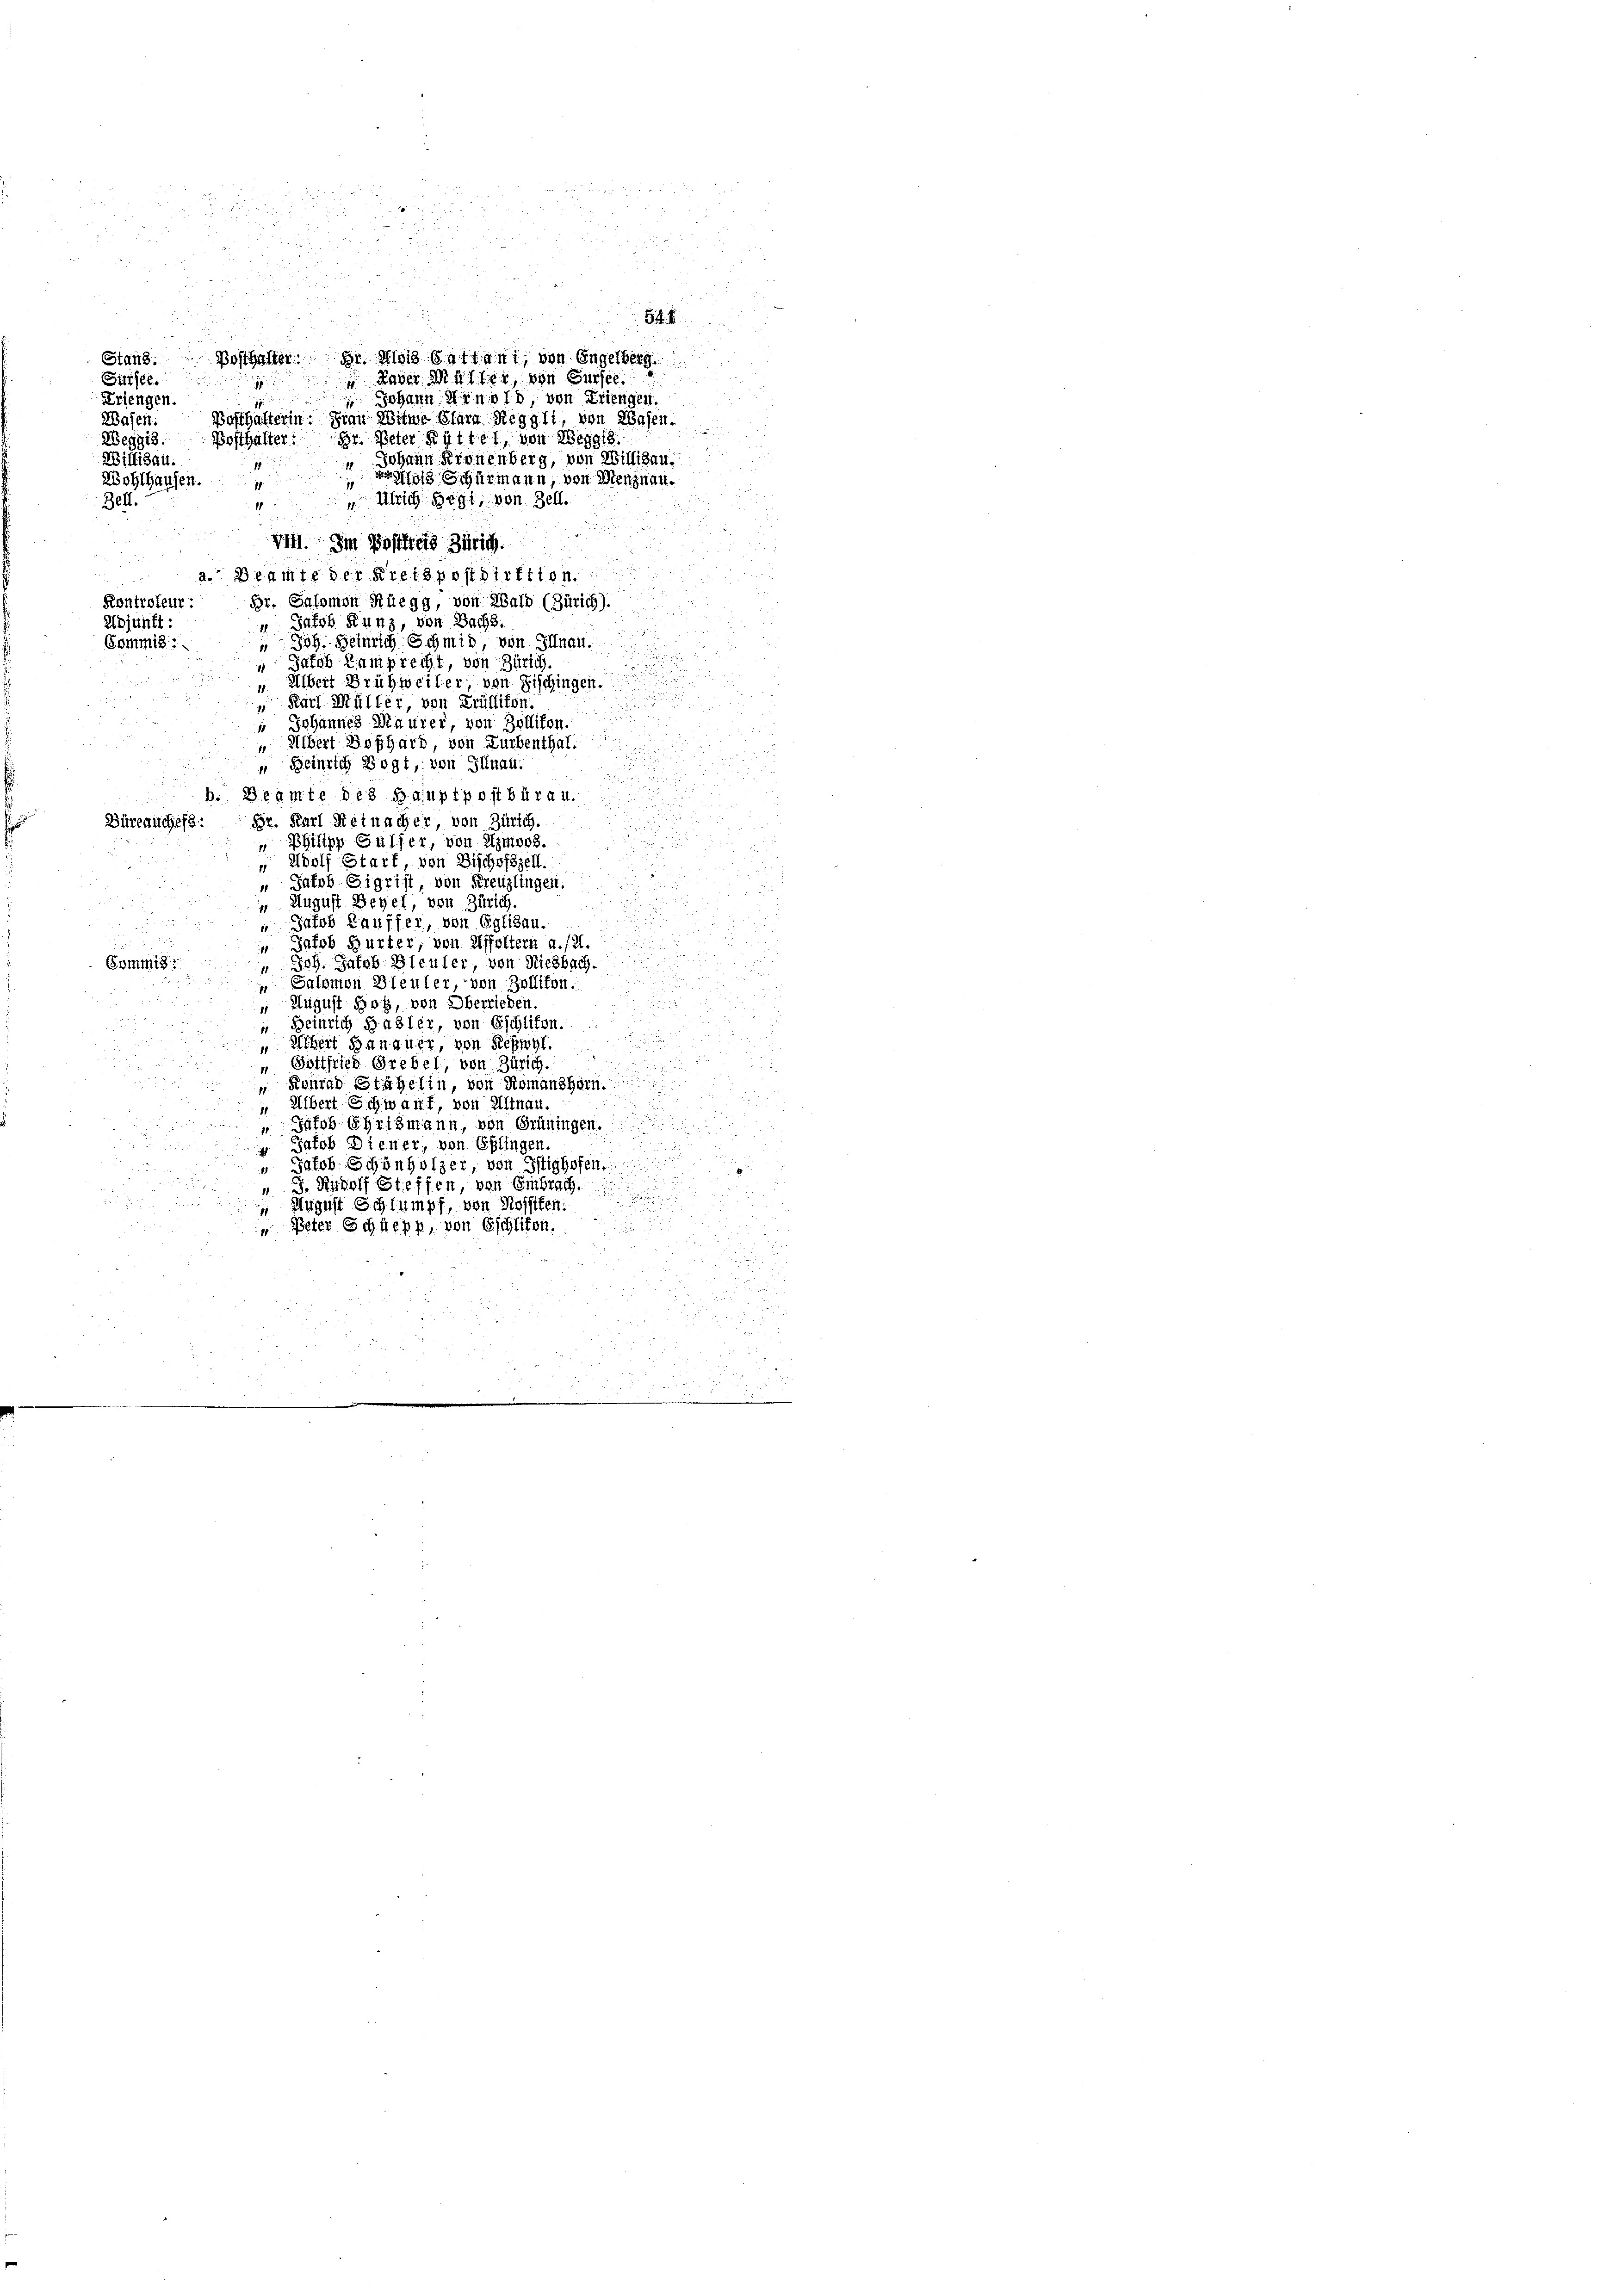
Stand. Posthalter. Dr. Alois Gatten, von Engelberg.
Sursee
1

Erlengen.
Wasen. Posthafterin. Frau Witwe Clara Reggli, von Wasen.
Weggis. Posthalter: Dr. Peter Rittel, von Weggis.
Millisau.
7
i
Wohlhausen.
1
1
 Ulrich Hegi, von Zell.
Bett.
17.
.

Viff. Im Posthes Zürich.
a. Beamte der Kreispostdirfiion.
Kontroleur: Dr. Salomon Rüegg, von Wald (Zürich).
Adjunkt:
 Jakob Kunz, von Bachs.
" Joh. Heinrich Schmid von Illnau.
Gommis

Tatob Ramprecht, von Zürich,
" Albert Brühweiler von Fischingen.
" Karl Müller, von Trüllikon.
 Johannes Maurer, von Zollifen.
 Albert Boßhard, von Zurbenthal.
Beinrich Vogt, von Illnau.
b. Beamte des Hauptpostbüra u.
Büreauchend: Hr. Karl Reinacher, von Zürich.
 Philipp Sulzer, von Imoos.
„ Adolf Start, von Bischofszell.
u Regi
" Jakob Sigrist von Kreuzlingen.
d
 August Begel, von Zürich
u
 Jakob Lauffer, von Eglisau.
.
u
Tatob Hurter, von Affoltern a./21.

Commis
 Joh. Jakob Bleuler, von Riesbach.
¬
 Salomon Bleuler - von Zollikon.

 August Hotz, von Oberrieden.
 Heinrich Basler, von Eschlifen.

". Achert Hanguer, von Schwyl.
u
 Gottfried Grebel, von Zürich.
 Konrad Stähelin, von Romanshorn
Albert Schwant, von Altnau
1
u
 Jakob Ehrismann, von Grüningen.
 Jakob. Diener, von Eglingen
.

" Jacob Schönholzer, von Itighofen.

.
 J. Rudolf Steffen, von Embrach.

August Schlumpf, von Rossilen.

" Peter Schüepp, von Eschliten.

r
r
5
2

j

84
 Haber Müller, von Giesel
 Johann Arnold, von Kriengen.
Johann Kronenberg, von Willisau.
4/13 Schurmann, von Menznau.